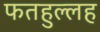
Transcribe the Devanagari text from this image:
फतहुल्लह